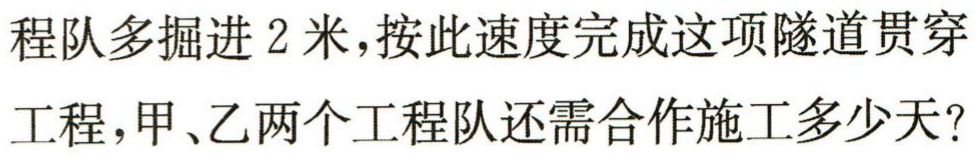
程队多掘进2米，按此速度完成这项隧道贯穿
工程，甲、乙两个工程队还需合作施工多少天？